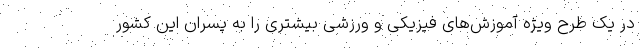
در یک طرح ویژه آموزش‌های فیزیکی و ورزشی بیشتری را به پسران این کشور